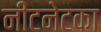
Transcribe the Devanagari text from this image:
नीटनेटका